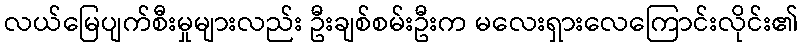
လယ်မြေပျက်စီးမှုများလည်း ဦးချစ်စမ်းဦးက မလေးရှားလေကြောင်းလိုင်း၏